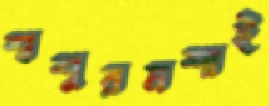
শ্বশুরমশাই